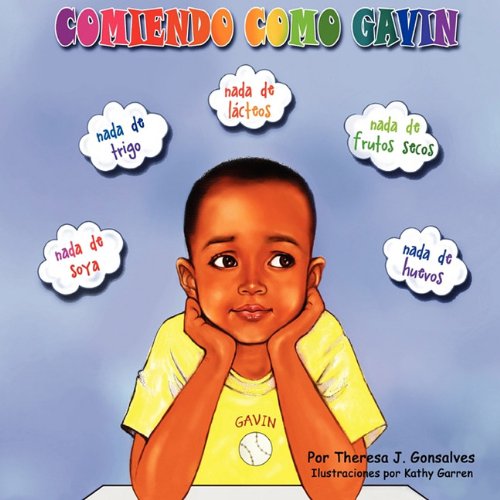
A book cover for Comiendo Como Gavin (Spanish Edition); Theresa Joyce Gonsalves; Health, Fitness & Dieting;